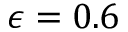
\epsilon = 0 . 6